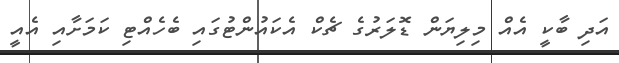
އަދި ބާކީ އެއް މިލިޔަން ޑޮލަރުގެ ޗެކް އެކައުންޓުގައި ބެހެއްޓި ކަމަށާއި އެއީ